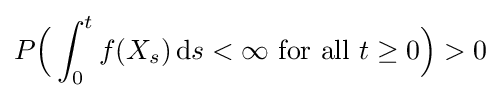
P{\Big (}\int _{0}^{t}f(X_{s})\,\mathrm {d} s<\infty {\text{ for all }}t\geq 0{\Big )}>0